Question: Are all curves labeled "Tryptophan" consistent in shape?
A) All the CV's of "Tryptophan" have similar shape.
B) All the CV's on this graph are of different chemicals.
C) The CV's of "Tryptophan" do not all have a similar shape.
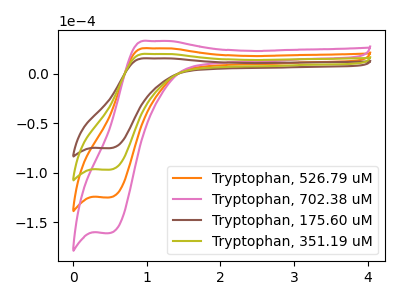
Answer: <think>The orange curve "Tryptophan, 526.79 uM" has an anodic peak at (1.05V, 39.75uA) and a cathodic peak at (0.50V, -194.10uA). The pink curve "Tryptophan, 702.38 uM" has an anodic peak at (1.05V, 59.60uA) and a cathodic peak at (0.50V, -291.15uA). The brown curve "Tryptophan, 175.60 uM" has an anodic peak at (1.05V, 15.40uA) and a cathodic peak at (0.50V, -75.30uA). The olive curve "Tryptophan, 351.19 uM" has an anodic peak at (1.05V, 19.85uA) and a cathodic peak at (0.50V, -97.05uA).
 All the peaks in "Tryptophan, 526.79 uM" have a peak in "Tryptophan, 702.38 uM" at the same potential. Every peak in "Tryptophan, 526.79 uM" is lower than every peak in "Tryptophan, 702.38 uM". All the peaks in "Tryptophan, 526.79 uM" have a peak in "Tryptophan, 175.60 uM" at the same potential. Every peak in "Tryptophan, 526.79 uM" is higher than every peak in "Tryptophan, 175.60 uM". All the peaks in "Tryptophan, 526.79 uM" have a peak in "Tryptophan, 351.19 uM" at the same potential. Every peak in "Tryptophan, 526.79 uM" is higher than every peak in "Tryptophan, 351.19 uM". All the peaks in "Tryptophan, 702.38 uM" have a peak in "Tryptophan, 175.60 uM" at the same potential. Every peak in "Tryptophan, 702.38 uM" is higher than every peak in "Tryptophan, 175.60 uM". All the peaks in "Tryptophan, 702.38 uM" have a peak in "Tryptophan, 351.19 uM" at the same potential. Every peak in "Tryptophan, 702.38 uM" is higher than every peak in "Tryptophan, 351.19 uM". All the peaks in "Tryptophan, 175.60 uM" have a peak in "Tryptophan, 351.19 uM" at the same potential. Every peak in "Tryptophan, 175.60 uM" is lower than every peak in "Tryptophan, 351.19 uM".</think>
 <answer>A) All the CV's of "Tryptophan" have similar shape.</answer>
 <eval>A</eval>